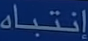
إنتباه